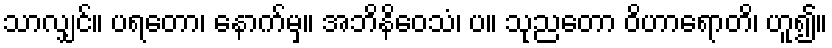
သာလျှင်။ ပရတော၊ နောက်မှ။ အဘိနိဝေသံ၊ ပ။ သုညတော ဝိဟာရောတိ၊ ဟူ၍။